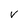
Character: V